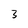
Character: 3